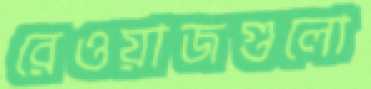
রেওয়াজগুলো